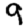
Digit: 9